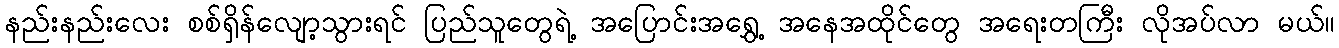
နည်းနည်းလေး စစ်ရှိန်လျော့သွားရင် ပြည်သူတွေရဲ့ အပြောင်းအရွှေ့ အနေအထိုင်တွေ အရေးတကြီး လိုအပ်လာ မယ်။